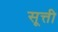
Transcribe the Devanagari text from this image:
सूत्ती